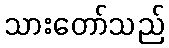
သားတော်သည်